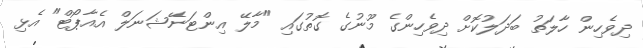
ދިވެހިން ހާލަތު ބަދަލުކޮށް ދިވެހިންގެ މޫނުގެ ގޮތުގައި "މާލޭ އިންޓަނޭޝަނަލް އެއާޕޯޓް" އެޅި